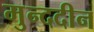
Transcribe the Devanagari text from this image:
मुन्ददीन